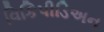
વિકિપીડિઅન